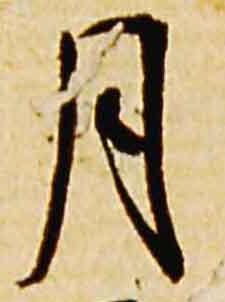
月